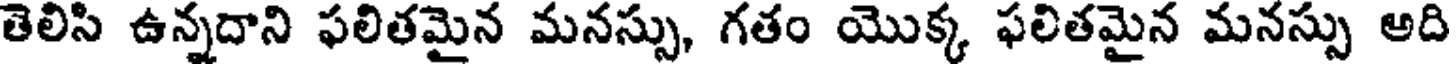
తెలిసి ఉన్నదాని ఫలితమైన మనస్సు, గతం యొక్క ఫలితమైన మనస్సు అది